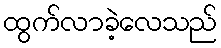
ထွက်လာခဲ့လေသည်